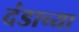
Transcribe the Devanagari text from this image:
दंडाच्या